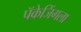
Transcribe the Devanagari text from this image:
पॅकेजिंगला